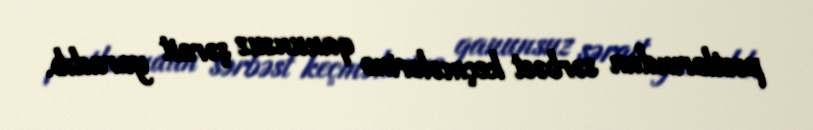
postlarından sərbəst keçmələrinə qanunsuz şərait yaradıb.